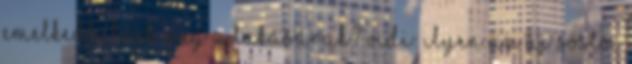
emelkedhetnek még a lakásárak? Vidi: ilyen az új Sóstói